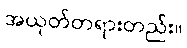
အယုတ်တရားတည်း။